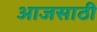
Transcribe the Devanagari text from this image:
आजसाठी